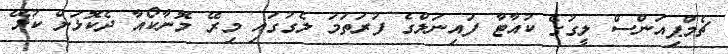
ޗެމްޕިއަންސް ލީގުގެ ކުއާޓާ ފައިނަލްގެ ފުރަތަމަ ލެގުގައި މިރޭ މޮނާކޯއާ ދެކޮޅަށް ކުޅޭ